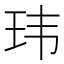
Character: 玮